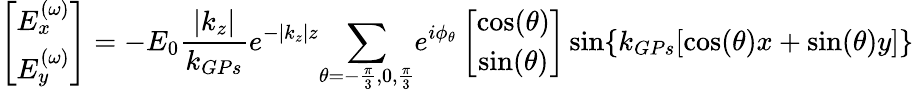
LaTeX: \left[\begin{array}{cc}{E_{x}^{(\omega)}}\\ {E_{y}^{(\omega)}}\end{array}\right]=-E_{0}\frac{\left|{k_{z}}\right|}{k_{GPs}}e^{-\left|{k_{z}}\right|z}{\sum_{\theta=-\frac{\pi}{3},0,\frac{\pi}{3}}}{e^{i\phi_{\theta}}}\left[\begin{array}{cc}{\cos(\theta)}\\ {\sin(\theta)}\end{array}\right]\sin\{ k_{GPs}[\cos(\theta)x+\sin(\theta)y]\}